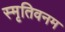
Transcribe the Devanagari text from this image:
स्मृतिवनम